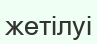
жетілуі